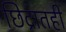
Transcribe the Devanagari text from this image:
छिद्रातही